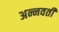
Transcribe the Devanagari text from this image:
अन्नवती